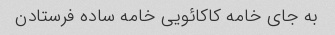
به جای خامه کاکائویی خامه ساده فرستادن